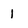
Character: 1